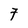
Character: 7